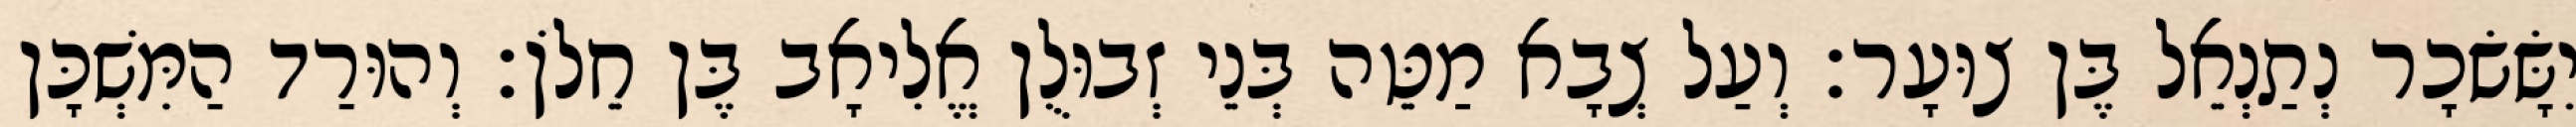
יִשָּׂשׂכָר נְתַנְאֵל בֶּן צוּעָר׃ וְעַל צְבָא מַטֵּה בְּנֵי זְבוּלֻן אֱלִיאָב בֶּן חֵלֹן׃ וְהוּרַד הַמִּשְׁכָּן